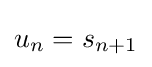
u_{n}=s_{n+1}